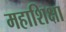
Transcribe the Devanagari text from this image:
महाशिक्षा